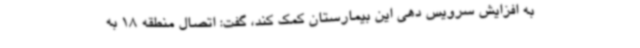
به افزایش سرویس دهی این بیمارستان کمک کند، گفت: اتصال منطقه 18 به